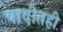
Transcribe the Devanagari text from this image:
यादीतही